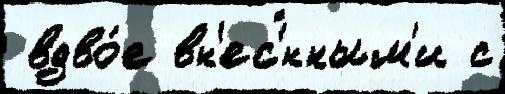
 вдво́е вн'ес'́нным'и с